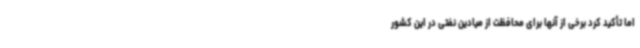
اما تأکید کرد برخی از آنها برای محافظت از میادین نفتی در این کشور